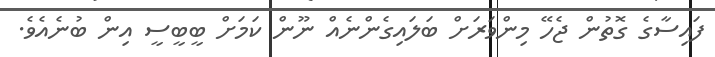
ފައިސާގެ ގޮތުން ޖެހޭ މިންވަރަށް ބަލައިގެންނެއް ނޫން ކަމަށް ބީބީސީ އިން ބުނެއެވެ.